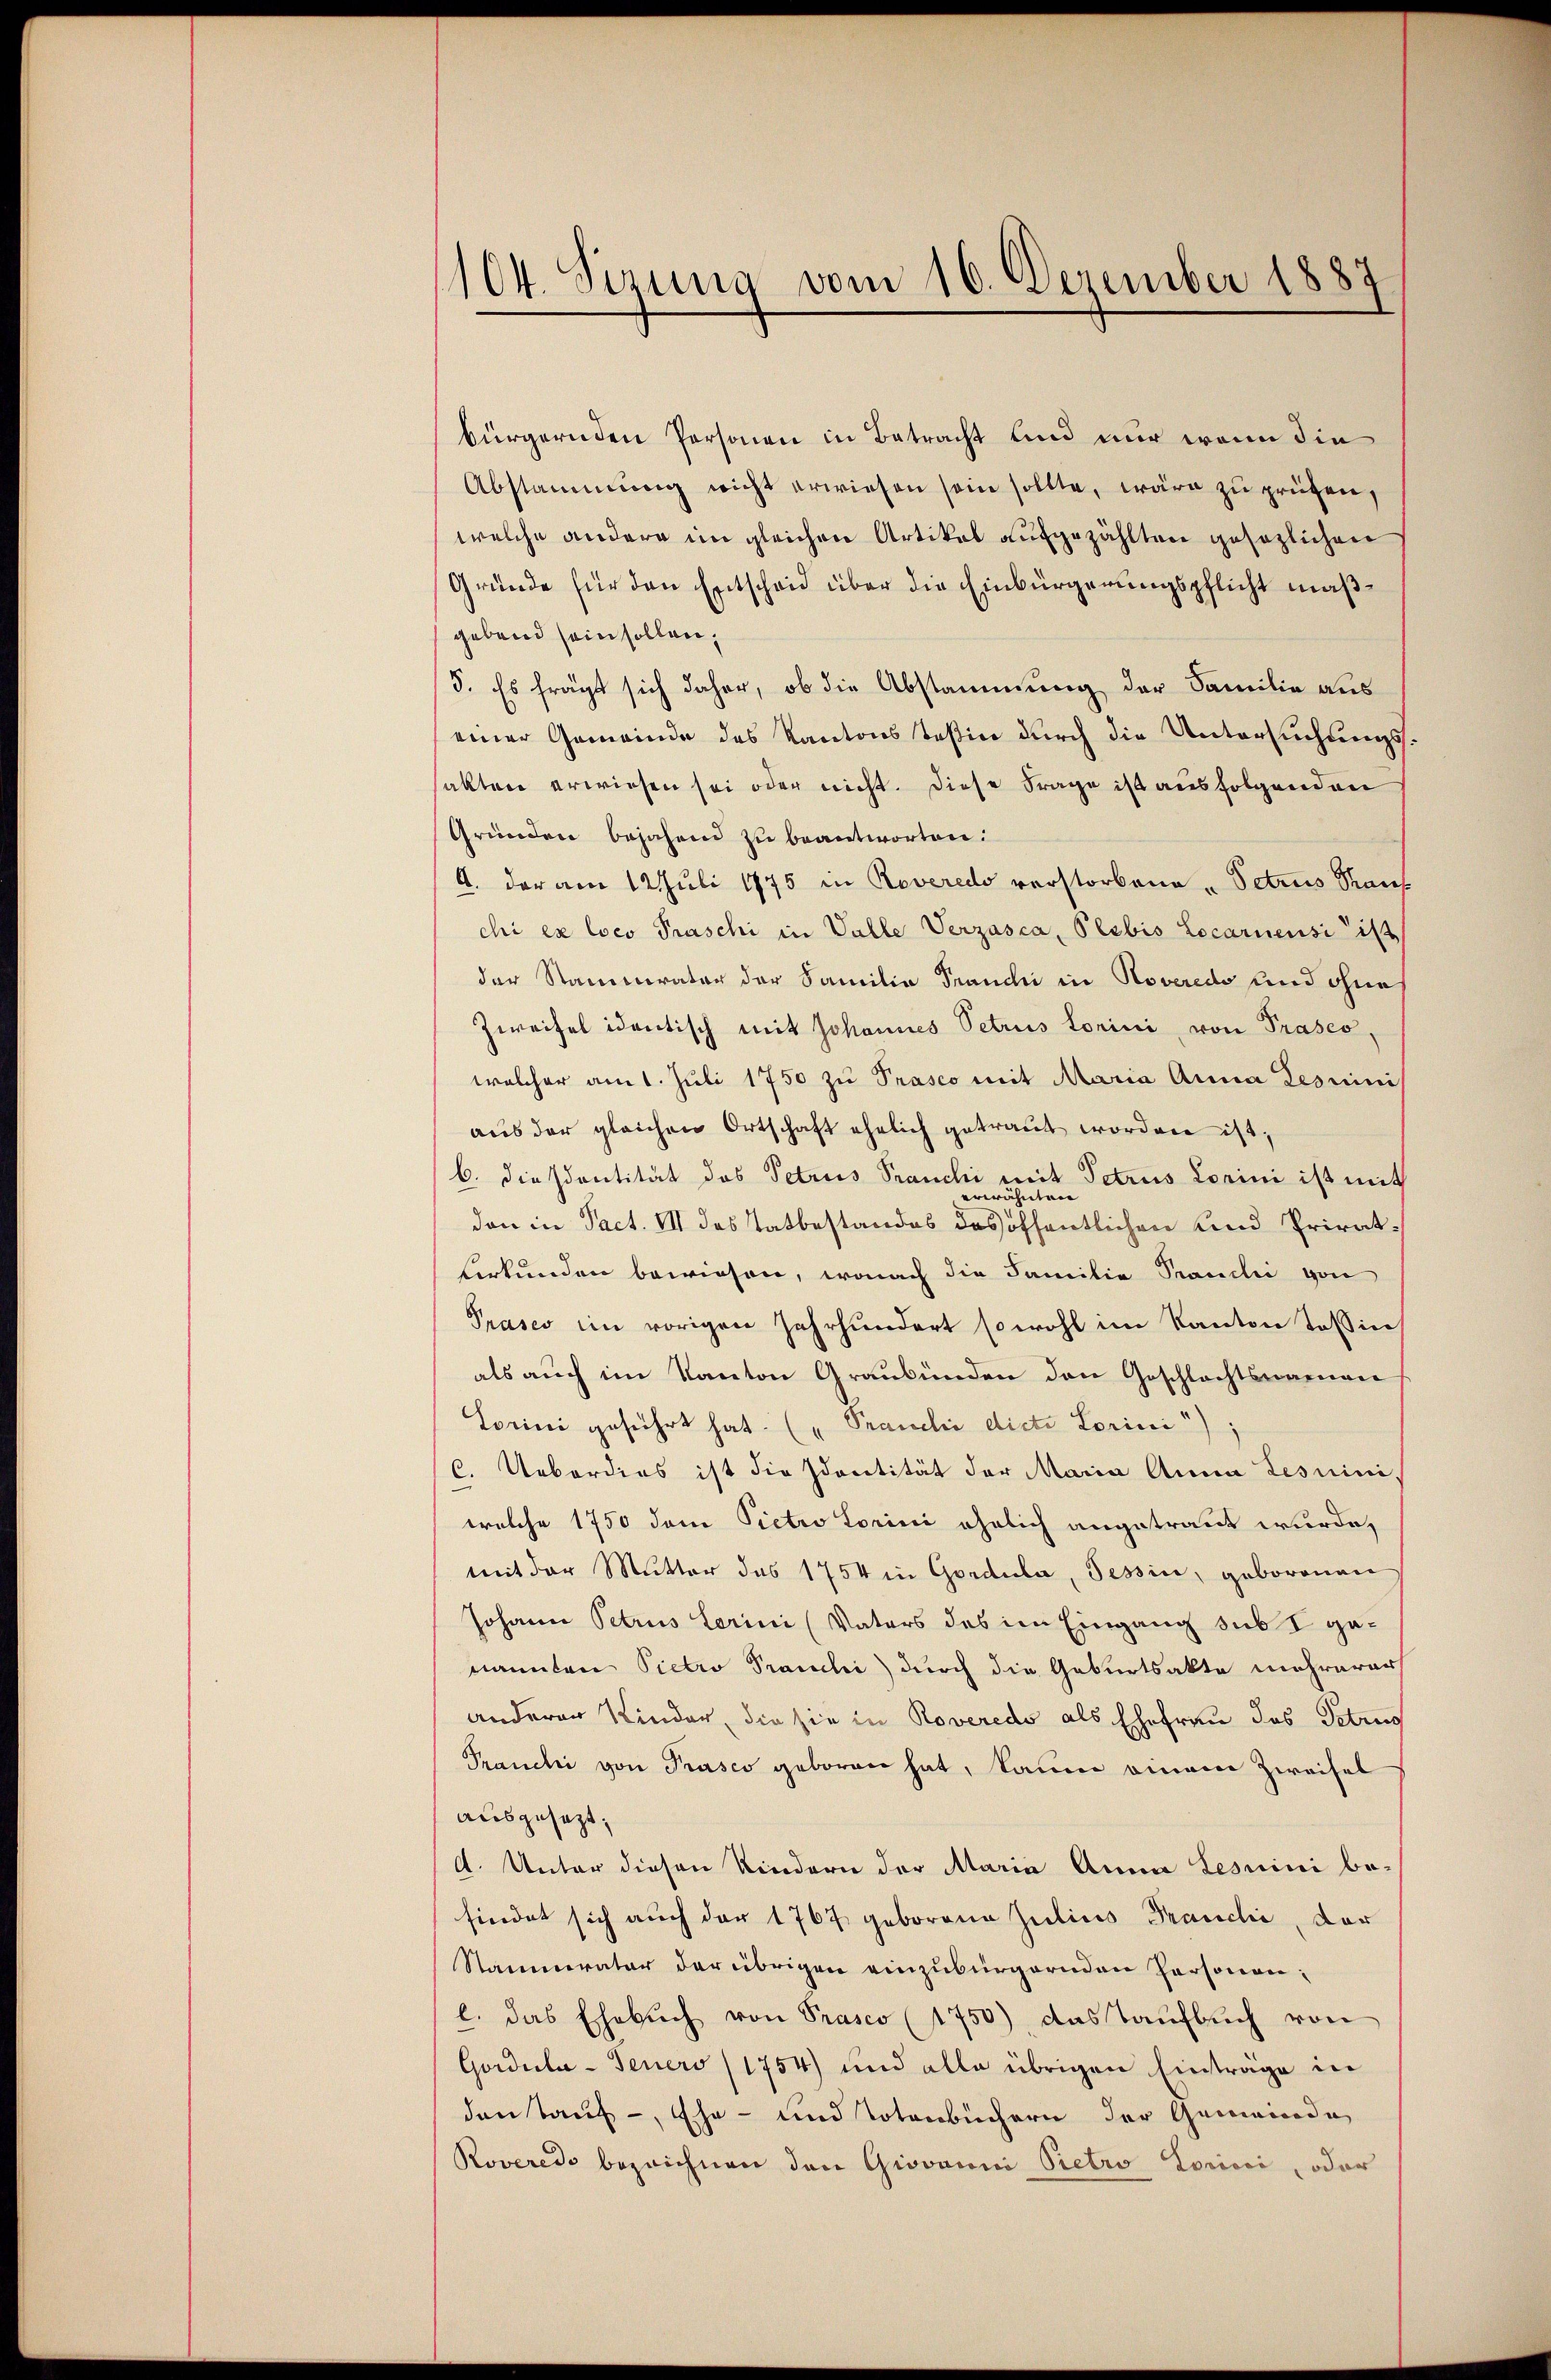
104. Serung vom 16. Dezember 1887

bürgernden Personen in Betracht und nur wenn die
Abstammung nicht erwiesen sein sollte, wäre zu prüfen,
welche andern im gleichen Artikel aufgezählten gesezlichen
Gründe für den Entscheid über die Einbürgerungspflicht maßgebend sein sollen,
5. Es fragt sich daher, ob die Abstammung der Familie aus
einer Gemeinde des Kantons Teßin durch die Untersuchungsalten erwiesen sei oder nicht. Diese Frage ist ausfolgenden
Gründen bejahend zu beantworten.
A. der am 12 Juli 1875 in Roveredo verstorbene „Petrus Stauf
chi ex loco Praschi in Valle Verzasca, Plebis Locarnensi ist
der Stammerator der Familie Franchi in Noveredo und ohne
Zweifel identisch mit Johannes Petrus Lorini, von Präses,
welcher am 1. Juli 1750 zu Prasco mit Maria Anna Lesmini
aus der gleichen Ortschaft ehelich getraut worden ist,
b. diesentität des Petrus Pranchi mit Petrus Lorini ist mit
erwähnten
dan in Pact. VII des Tatbestandes des öffentlichen und Privat¬
Herkunden bewiesen, wonach die Familie Prandii von
Präses im vorigen Jahrhundert sowohl im Kanton Teßin
als auch im Kanton Graubünden den Geschlachtsnamen
Lorini geführt hat. ("Pramelić dicte Lorini)
C. Ueberdies ist die Identität der Maria Anna Lesuini
welche 1750 dem Pietro Lorini ähnlich angetraut wurde,
mit der Mutter das 1754 in Gordula, Tessin, geborenen
Johann Petrus Lerini (Vaters des im Eingang sub I genannten Pietro Pauli durch die Geburtsakte mehrerer
anderer Kinder, die sie in Roveredo als Ehefrau das Petrug
Pranchi von Prasco geboren hat, kaum einene Zweifel
ausgesezt;
A. Unter diesen Kindern der Maria Anna Lesuini be-
findet sich auch der 1767 geborene Julius Pranclić, der
Stammerator der übrigen einzubürgernden Personenl. das Ehebŭch von Prasco (1750), das Taufbuch von
Gordula- Jeners (1754) und alle übrigen Einträge in
den Tauf-, Ehe- und Totenbüchern der Gemeinde
Roveredo bezeichnen den Giovanni Pietro Lorici, oder